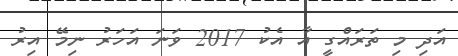
އަދި މި ތަރައްގީ އާ އެކު 2017 ވަނަ އަހަރު ނިމޭ އިރު